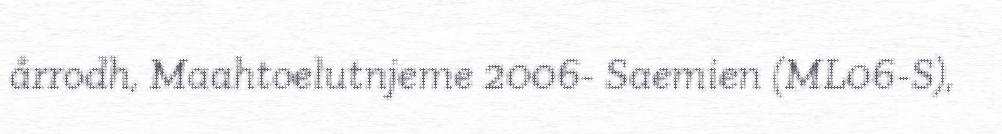
årrodh, Maahtoelutnjeme 2006- Saemien (ML06-S),